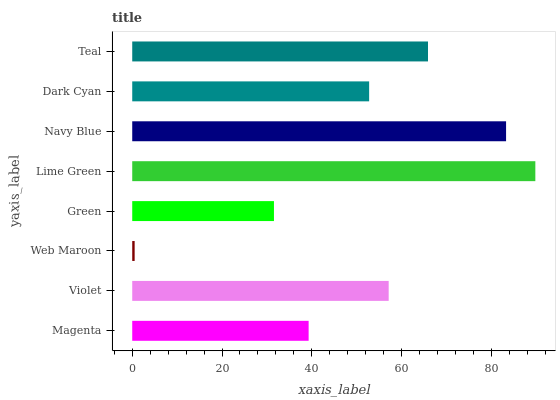
| yaxis_label | bars |
 | --- | --- |
 | Magenta | 39.3 |
 | Violet | 57.1 |
 | Web Maroon | 0.54 |
 | Green | 31.6 |
 | Lime Green | 89.8 |
 | Navy Blue | 83.3 |
 | Dark Cyan | 52.8 |
 | Teal | 65.9 |